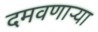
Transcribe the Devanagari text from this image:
दमवणाऱ्या